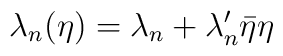
\lambda_{n}(\eta)=\lambda_{n}+\lambda_{n}'\bar{\eta}\eta